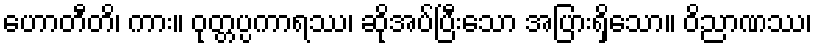
ဟောတီတိ၊ ကား။ ဝုတ္တပ္ပကာရဿ၊ ဆိုအပ်ပြီးသော အပြားရှိသော။ ဝိညာဏဿ၊